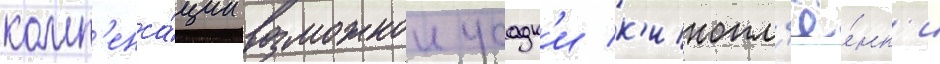
комп'енса́ции возможнои усадк'и к'инопл'ё́нк'и